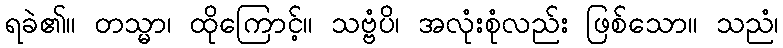
ရခဲ၏။ တသ္မာ၊ ထိုကြောင့်။ သဗ္ဗံပိ၊ အလုံးစုံလည်း ဖြစ်သော။ သညံ၊